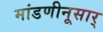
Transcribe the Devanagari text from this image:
मांडणीनूसार्